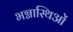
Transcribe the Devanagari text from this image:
भग्नास्थिओं